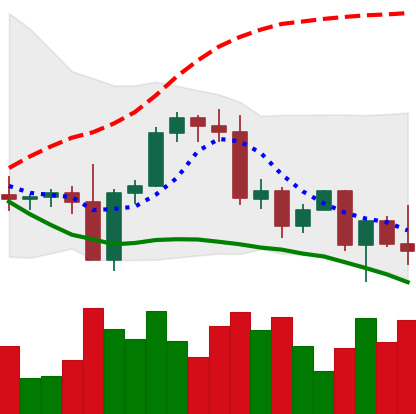
Ticker: BNB-USD
Chart end date: 2022-09-21
Forward return: 4.206%
Label: up_3_5